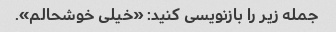
جمله زیر را بازنویسی کنید: «خیلی خوشحالم».